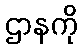
ဌာနကို